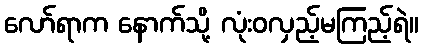
လော်ရာက နောက်သို့ လုံးဝလှည့်မကြည့်ရဲ။